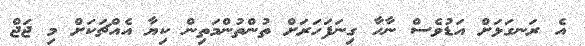
އެ ރަނގަޅަށް އަޑުވެސް ނާހާ ގިނަފަހަރަށް ތުންތުންމަތިން ކިޔާ އެއްޗަކަށް މި ޖަޖް